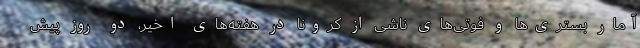
آمار بستری‌ها و فوتی‌های ناشی از کرونا در هفته‌های اخیر، دو روز پیش